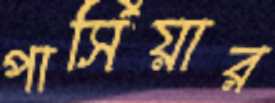
পার্সিয়ার